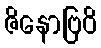
ဇိနောဗြဝိ